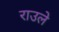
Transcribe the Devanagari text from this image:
राउले